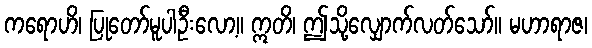
ကရောဟိ၊ ပြုတော်မူပါဦးလော့။ ဣတိ၊ ဤသို့လျှောက်လတ်သော်။ မဟာရာဇ၊